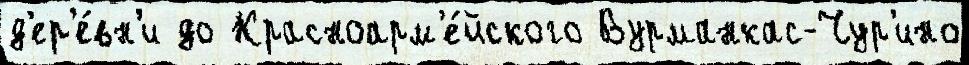
д'ер'е́вн'и до Красноарм'е́йского Вурманкас-Чур'ино